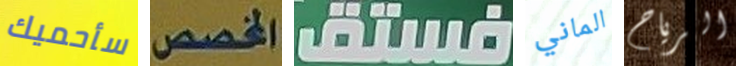
سأحميك المخصص فستق الماني الرياح